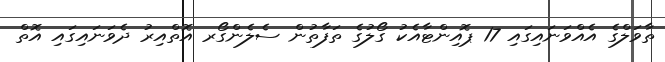
ތާވަލްގެ އެއްވަނައިގައި 17 ޕޮއިންޓާއެކު ގޯލުގެ ތަފާތުން ސެލެންގޯރ އޮތްއިރު ދެވަނައިގައި އޮތް